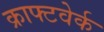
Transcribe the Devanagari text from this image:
क्राफ्टवेर्क